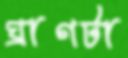
ঘ্রাণটা